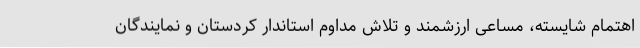
اهتمام شایسته، مساعی ارزشمند و تلاش مداوم استاندار کردستان و نمایندگان